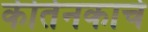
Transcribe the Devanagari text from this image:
कीर्तनकाचे